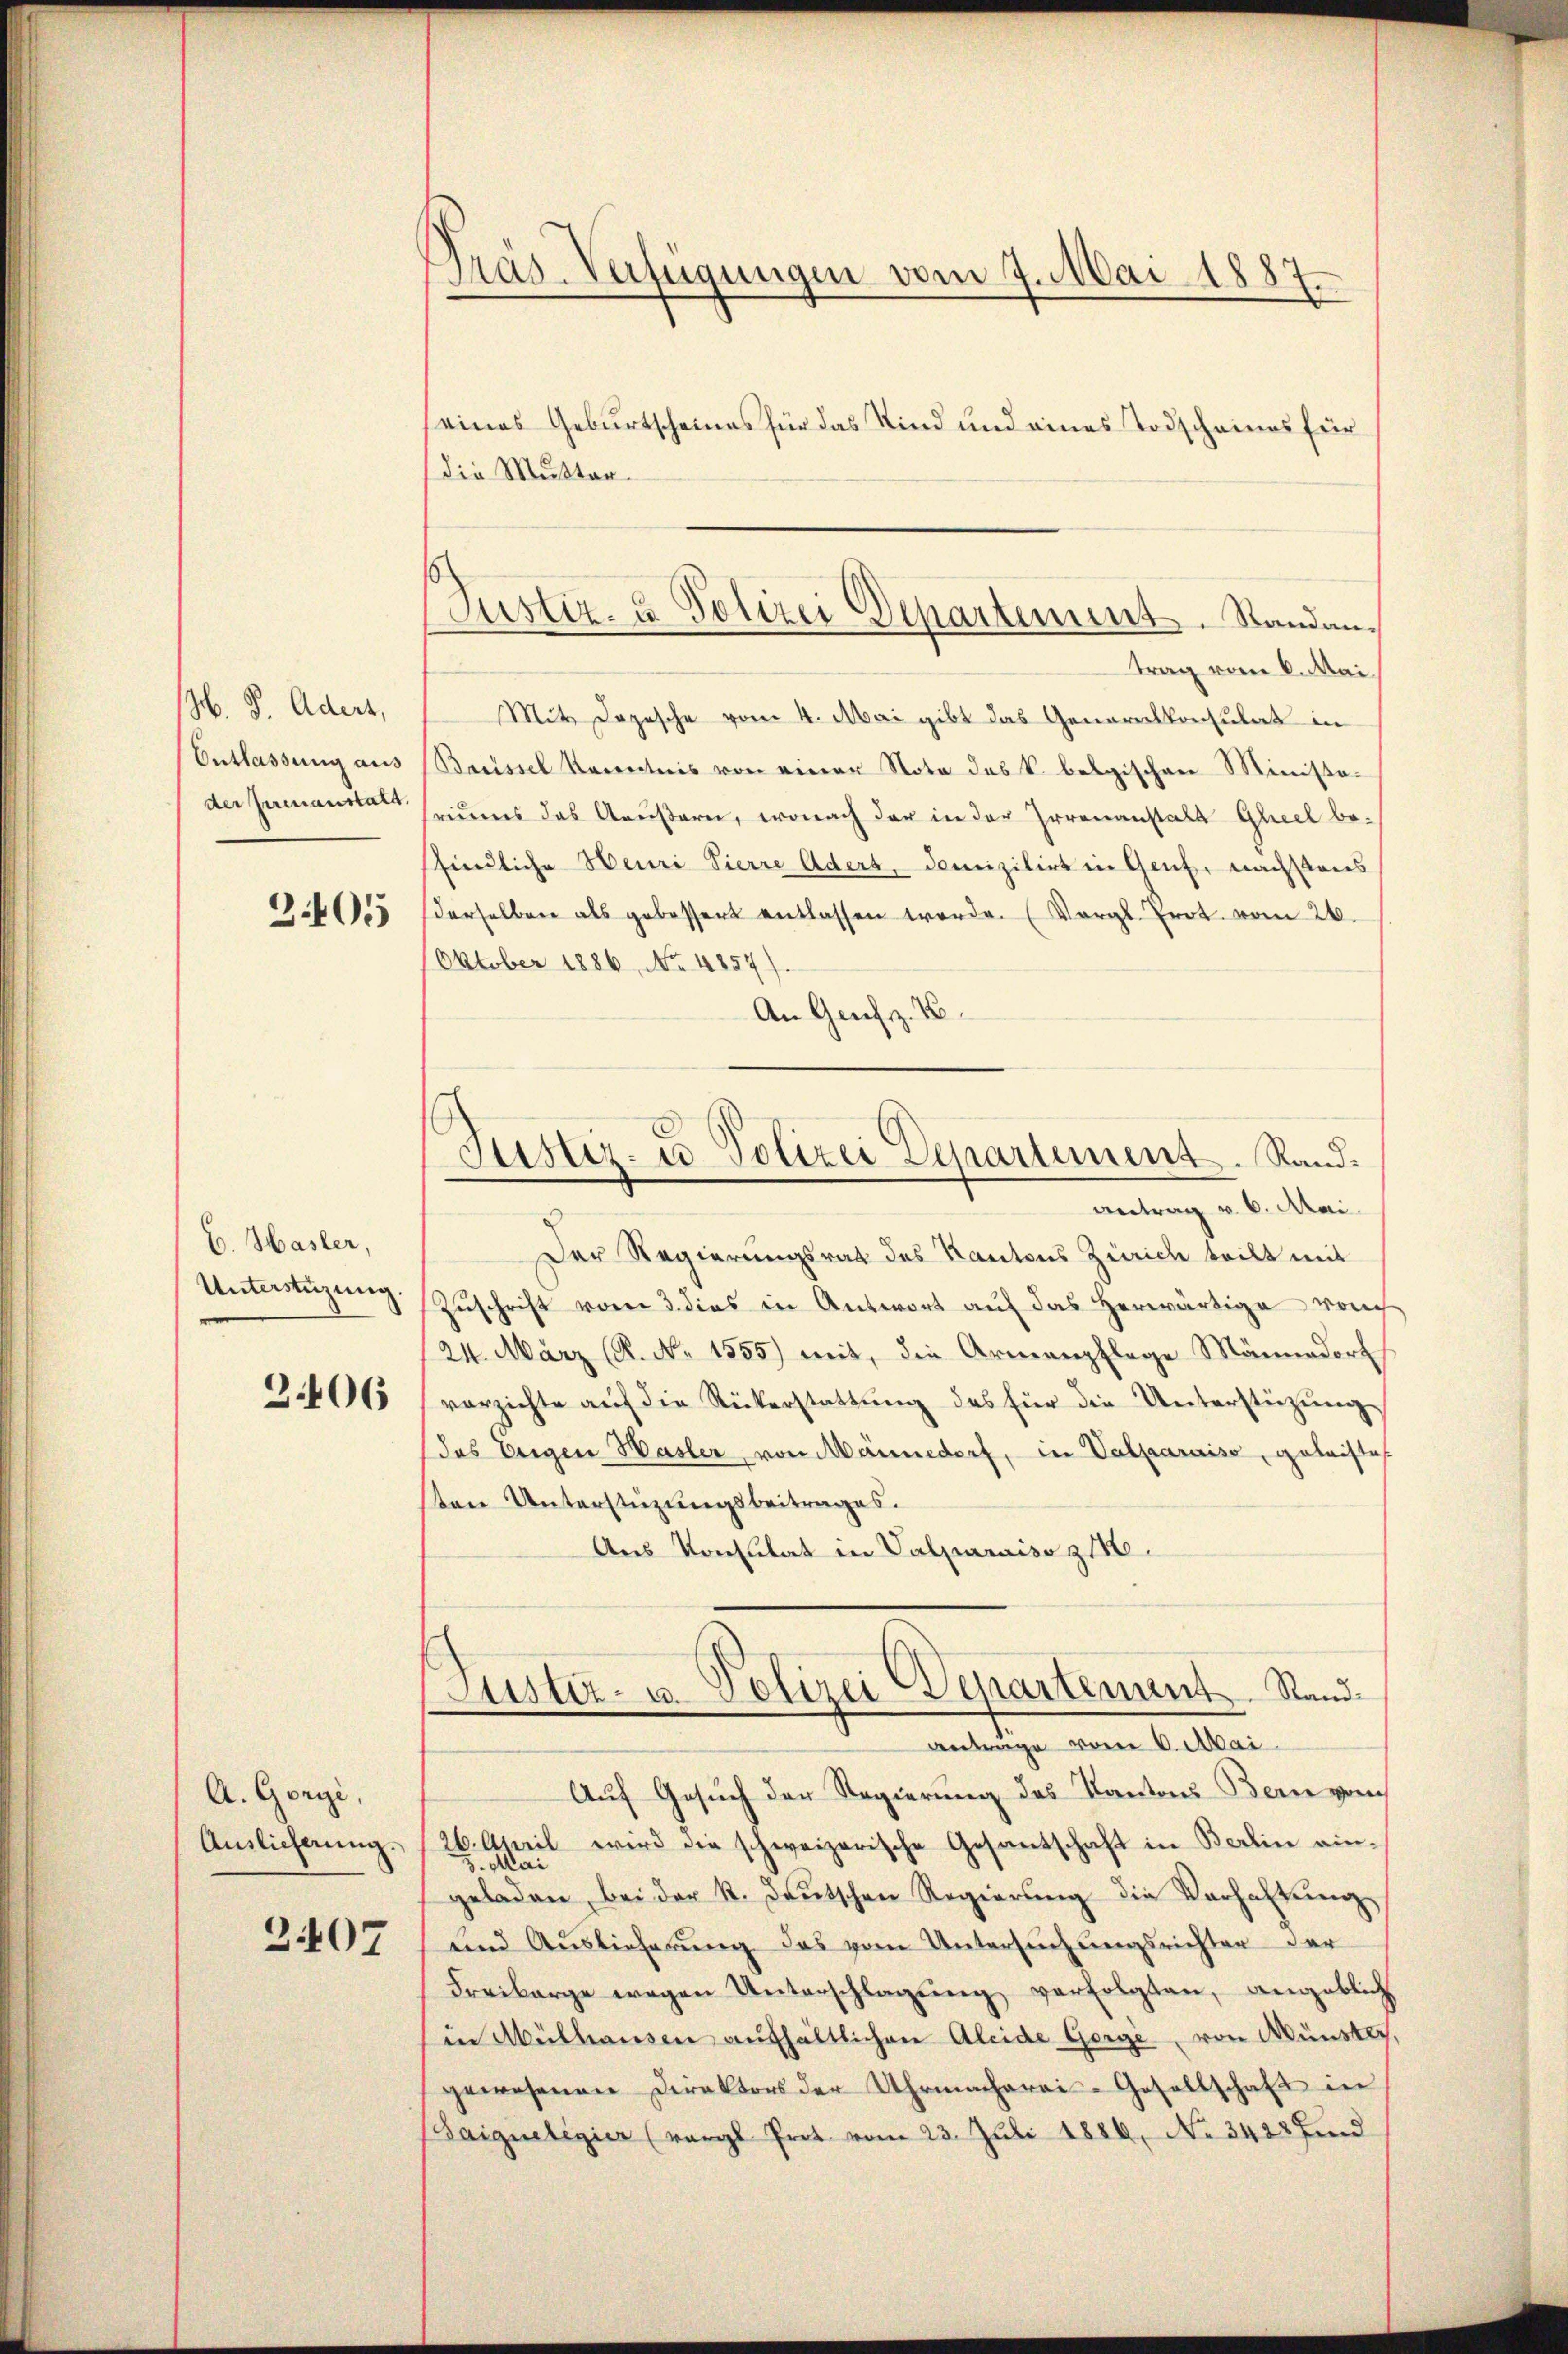
H. P. Aders,
Ontlassung aus
der Serenanstalt.
2405

C. Hasler,
Unterstüzung.
306

A. Gorgi,
Auslieferung.
2407

Präs. Verfügungen vom 7. Mai 1887

eines Geburtscheines für das Kind und eines Todscheines für
die Mutter
trag vom 6. Mai.
Mit Dogesche vom 4. Mai gibt das Generalkonsulat in
Barissel Kenntnis von einer Nota das k. belgischen Ministe-
riums das Aeußern, wonach der in der Irrenanstalt Gleel befindliche Henri Pierre Aders, Domizilirt in Genf, nachstaus
derselben als gebessert entlassen worde. (Vergl. Trot. vom 26.
Oktober 1886, No. 4857).
An Genf z. B.

Justiz- & Polizei Departement. Standan¬

Justiz- u. Polizei Departement. Rand¬
Antrag v. 6. Mai.

Der Regierungsrat des Kantons Zürich teilt mit
Zuschrift vom 3. dies in Antwort auf das herwärtige von
24. März (R. No 1555) mit, die Armenpflege Männedorf
verzichte auf die Rükerstattung des für die Unterstüzung
(das Eigen Hasler, von Männedorf, in Valmaraiso, geleistet
tere Unterstüzungsbeitrages.
Aus Konsulat in Valparaiso z
Justiz- u. Polizei Departement Stand
Antrage vom 6. Mai
Auf Gesuch der Regierung des Kantons Bern von
26. April wird die schweizerische Gesantschaft in Berlin ein-
5. Mai
geladen, bei der St. Deutschen Regierŭng die Verhaltŭng
und Auslieferŭng das vom Untersŭchŭngsrichter der
Freibarge wegen Unterschlagŭng verfolgten, angeblich
in Mülhausen aufhältlichen Aleide Gorgi, von Münstli,
gewesenen Direktors der Uhrmacherei-Gesellschaft in
Baignelegier (vergl. Prot vom 23. Juli 1880, No 3422 find